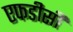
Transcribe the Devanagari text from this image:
एफडीसी